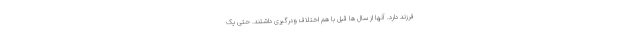
فرزند دارد. آنها از سال ها قبل با هم اختلاف ودرگیری داشتند. حتی یک